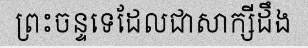
ព្រះចន្ទទេដែលជាសាក្សីដឹង